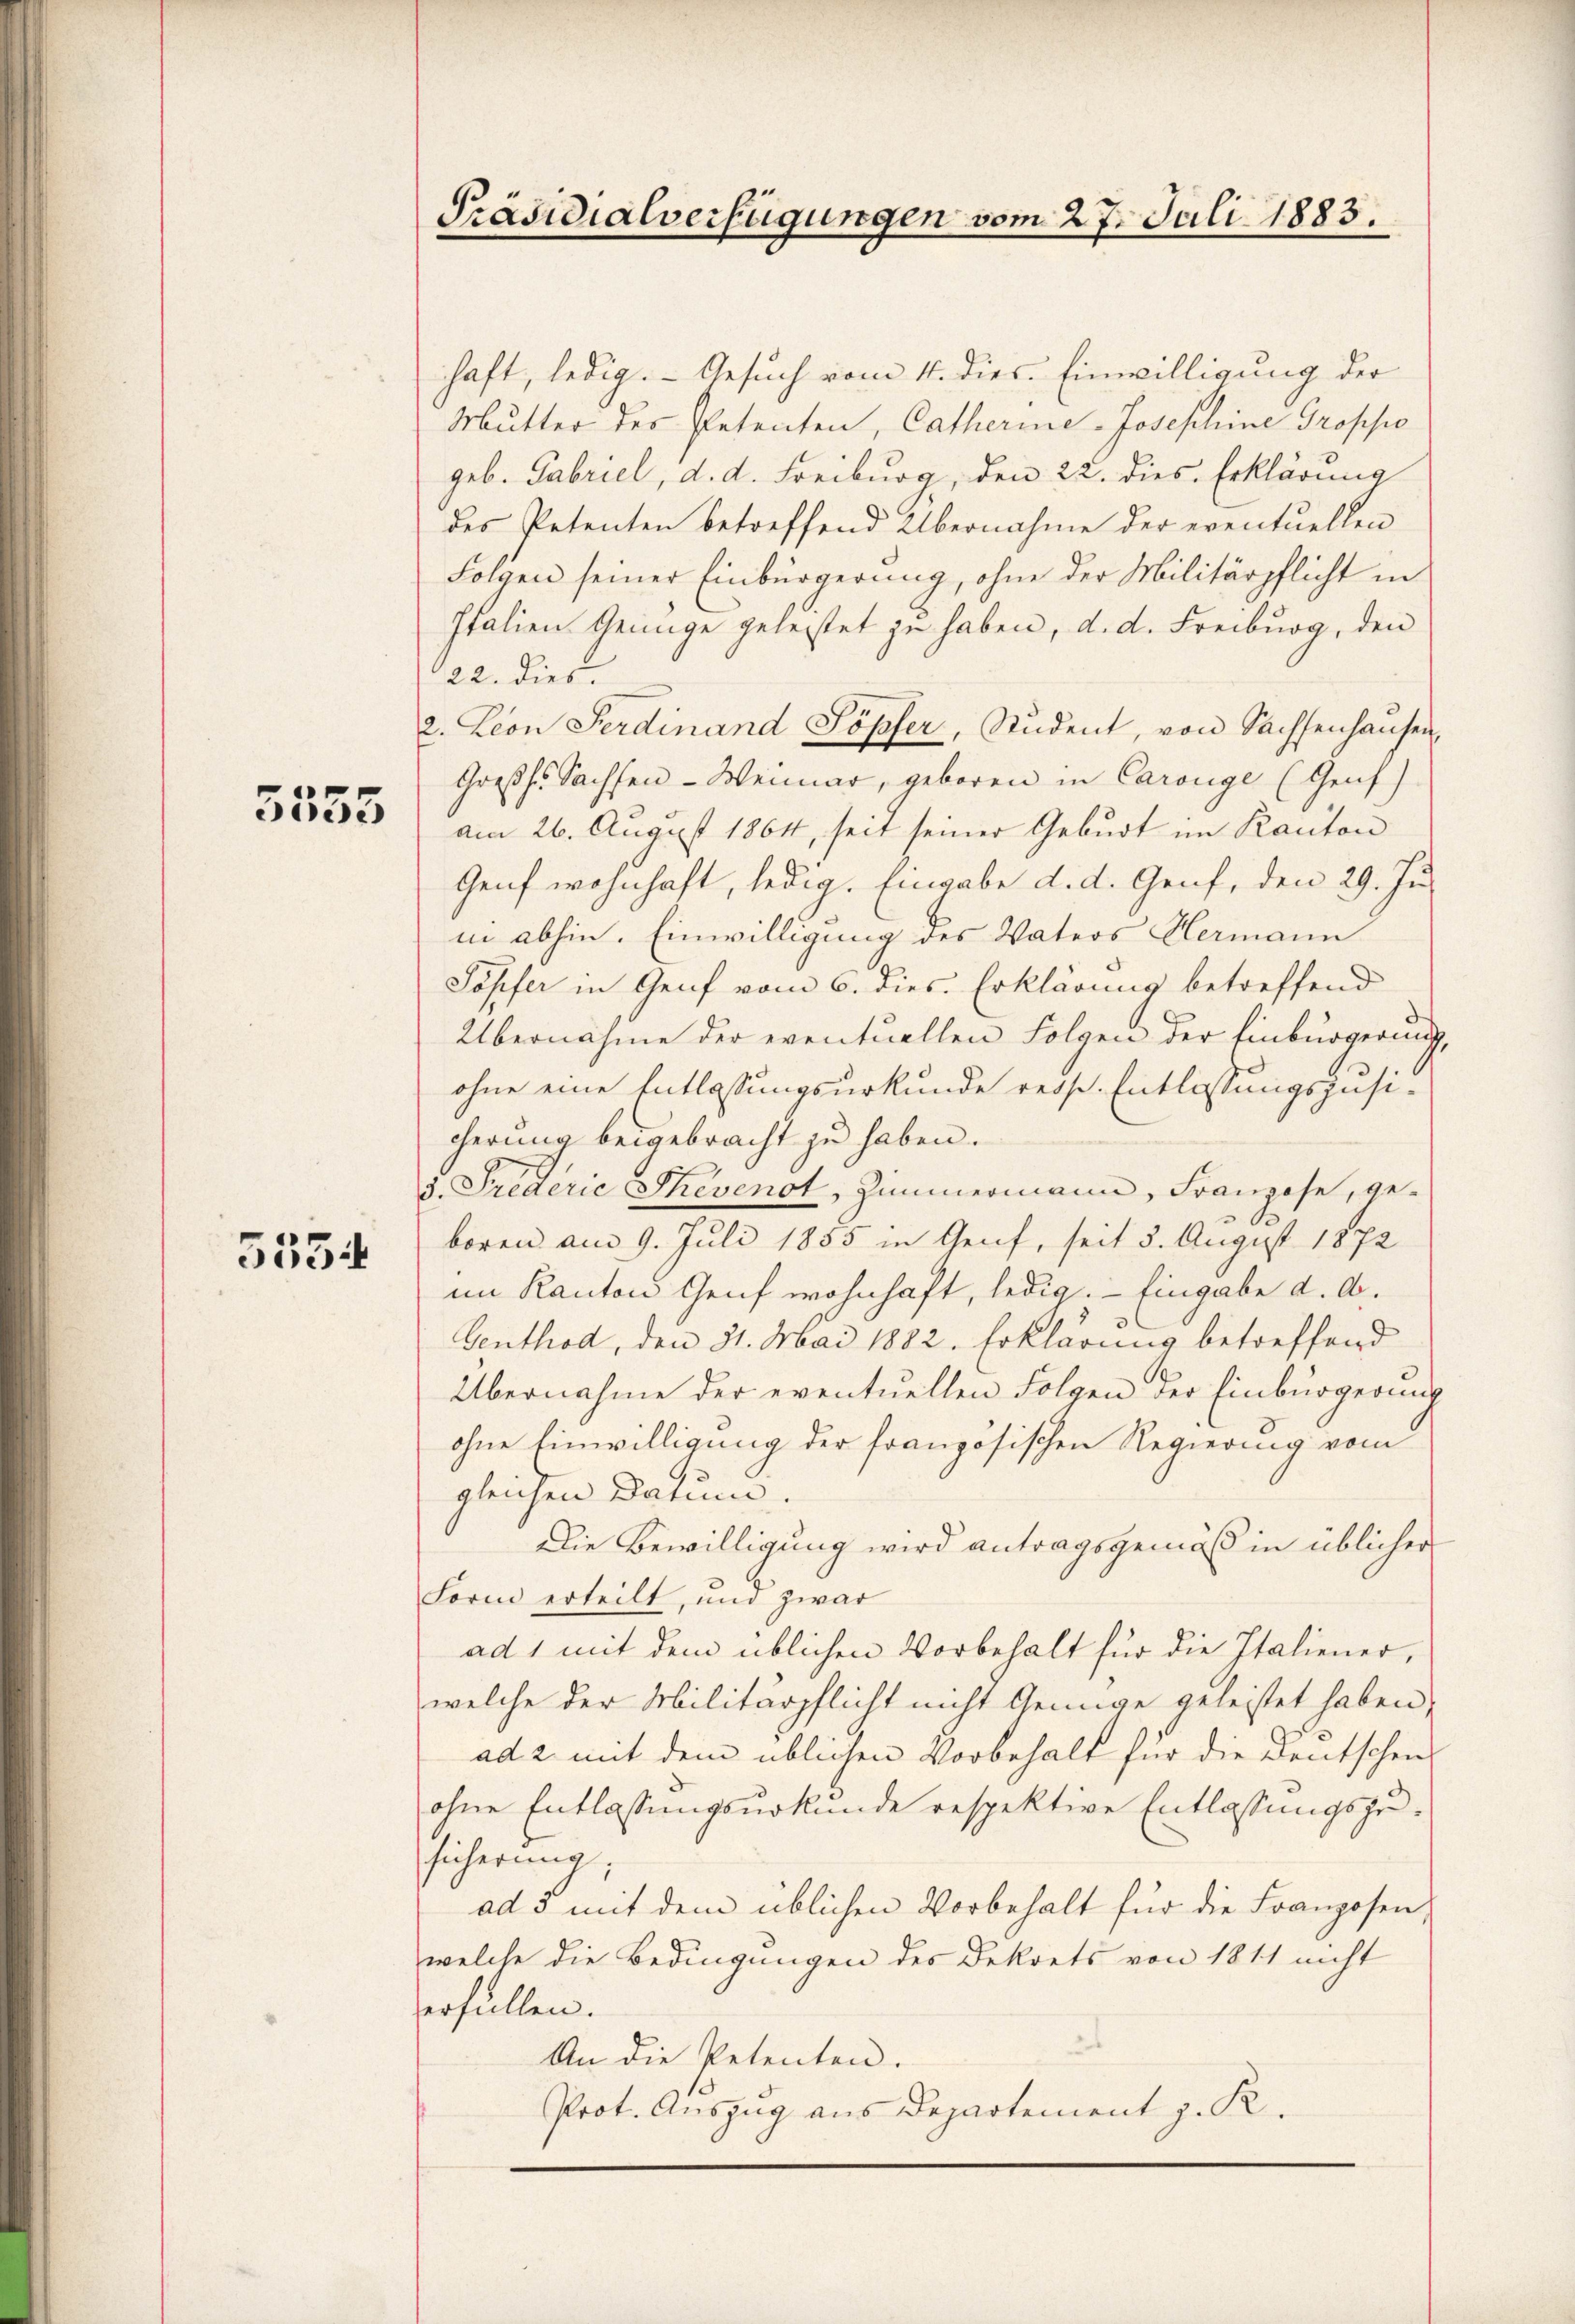
5555

5554

f

Präsidialverfügungen vom 27. Juli 1883.

haft, ledig. Gesuch vom 4. dies. Einwilligung der
Mutter des Petenten, Catherine-Josephine Groppo
geb. Gabriel, d. d. Freiburg, den 22. dies Erklärung
des Petenten betreffend Übernahme der eventuellen
Folgen seiner Einbürgerung, ohne der Militärpflicht in
Italien Genüge gelestet zu haben, d. d. Freiburg, den
22. dies
2. Leon Ferdinand Söpfer, Student, von Sachsenhaŭsen
Großh. Sachsen-Weimar, geboren in Carouge (Genf)
am 26. August 1864, seit seiner Geburt im Kanton
Genf wohnhaft, ledig. Eingabe d. d. Genf, den 29. Juin abhin. Einwilligung des Vaters Hermann
Töpfer in Genf vom 6. dies. Erklärung betreffend
Übernahme der eventuellen Folgen der Einbürgerung,
ohne eine Entlassungsurkunde resse. Entlassungszusi-
cherung beigebracht zu haben.
3. Frederie Thevenot, Zimmermann, Franzose, ge-
s
boren am 9. Juli 1855 in Genf, seit 5. August 1872
im Kanton Genf wohnhaft, ledig. — Eingabe d. A.
Genthod, den 31. Mai 1882. Erklärung betreffend
Übernahme der eventuellen Folgen der Einbürgering
ohne Einwilligung der französischen Regierung vom
gleichen Darum.
Die Bewilligung wird antragsgemäß in üblicher
Form erteilt, und zwar
ad 1 mit dem üblichen Vorbehalt für die Italiener,
welche der Militärpflicht nicht Genüge geleistet haben,
ad 2. mit dem üblichen Vorbehalt für die Deutschen
ohne Entlassungsurkunde respektive Entlassungszusicherung
ad 3 mit dem üblichen Vorbehalt für die Franzosen,
welche die Bedingungen des Dekrets von 1811 nicht
erfüllen.
An die Petenten.
Prot. Auszug aus Departement z. R.